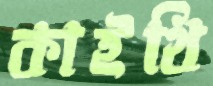
কাইথি